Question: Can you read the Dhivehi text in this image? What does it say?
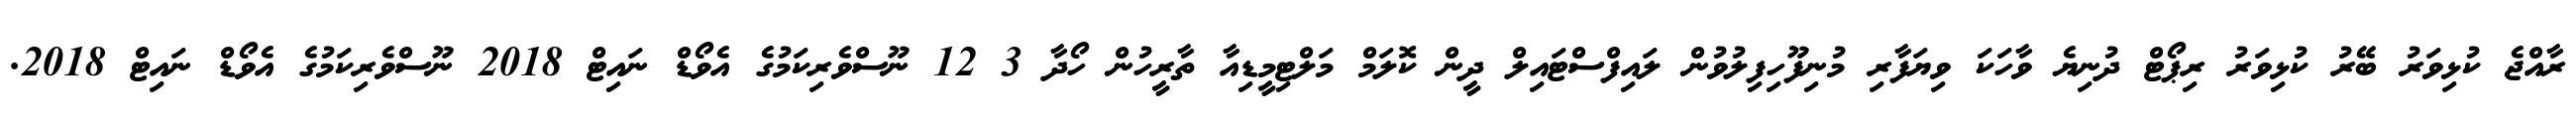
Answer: ރާއްޖެ ކުޅިވަރު ބޭރު ކުޅިވަރު ރިޕޯޓް ދުނިޔެ ވާހަކަ ވިޔަފާރި މުނިފޫހިފިލުވުން ލައިފްސްޓައިލް ދީން ކޮލަމް މަލްޓިމީޑިއާ ތާރީހުން ހޯދާ 3 12 ނޫސްވެރިކަމުގެ އެވޯޑް ނައިޓް 2018 ނޫސްވެރިކަމުގެ އެވޯޑް ނައިޓް 2018.